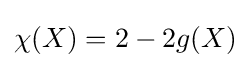
\chi (X)=2-2g(X)